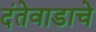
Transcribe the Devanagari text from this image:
दंतेवाडाचे